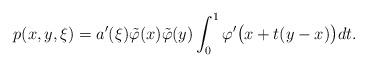
LaTeX: \begin{align*}p(x, y, \xi) = a'(\xi) \tilde \varphi(x) \tilde \varphi(y)\int_0^1 \varphi'\bigl(x+t(y-x)\bigr) dt .\end{align*}